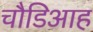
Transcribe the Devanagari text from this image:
चौडिआह